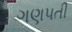
ગણપતી